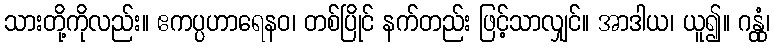
သားတို့ကိုလည်း။ ဧကပ္ပဟာရေနဝ၊ တစ်ပြိုင် နက်တည်း ဖြင့်သာလျှင်။ အာဒါယ၊ ယူ၍။ ဂန္တုံ၊